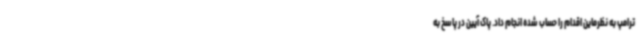
ترامپ به نظرماین اقدام را حساب شده انجام داد. پاک آیین در پاسخ به